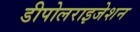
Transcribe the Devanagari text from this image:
डीपोलराइजेशन